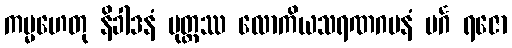
ကမ္မဟေတု နိခါဒနံ မုတ္တဿ လောကိယသရဏဂမနံ မင်္ဂ ရဇော